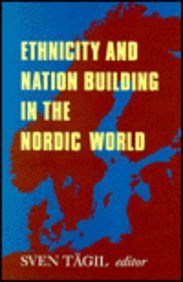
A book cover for Ethnicity and Nation Building in the Nordic World; Sven Tagil PhD; History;